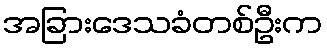
အခြားဒေသခံတစ်ဦးက